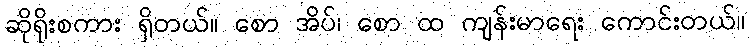
ဆိုရိုးစကား ရှိတယ်။ စော အိပ်၊ စော ထ ကျန်းမာရေး ကောင်းတယ်။